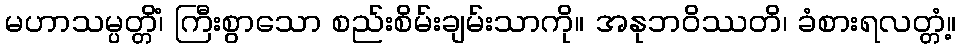
မဟာသမ္ပတ္တိံ၊ ကြီးစွာသော စည်းစိမ်းချမ်းသာကို။ အနုဘဝိဿတိ၊ ခံစားရလတ္တံ့။